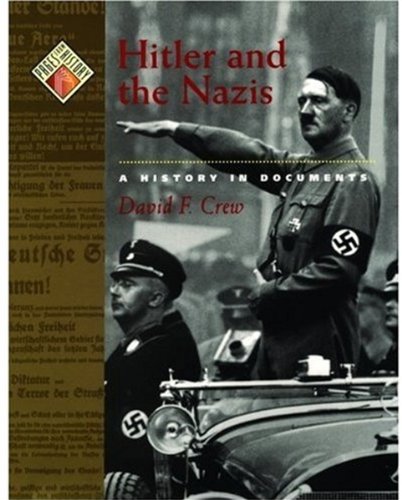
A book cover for Hitler and the Nazis: A History in Documents (Pages from History); David F. Crew; Teen & Young Adult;